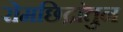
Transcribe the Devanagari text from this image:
रोमछिद्रांतुन